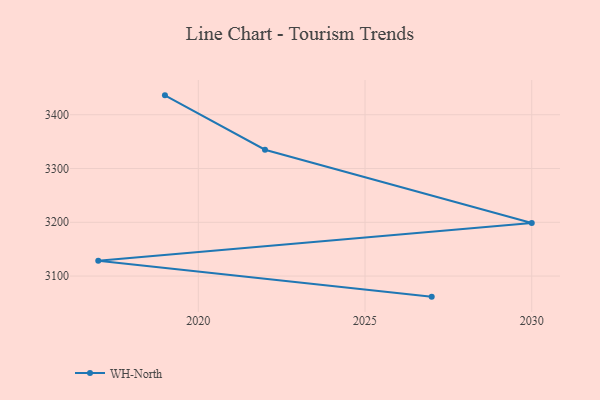
{"axis": {"x": "Year", "y": "Gross Profit (USD K)"}, "legend": ["WH-North"], "data": [{"x": "2019", "y": 3436.1, "type": "WH-North"}, {"x": "2022", "y": 3335.0, "type": "WH-North"}, {"x": "2030", "y": 3198.8, "type": "WH-North"}, {"x": "2017", "y": 3128.4, "type": "WH-North"}, {"x": "2027", "y": 3061.7, "type": "WH-North"}]}